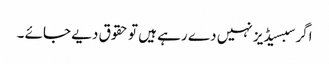
اگر سبسیڈیز نہیں دے رہے ہیں تو حقوق دیے جائے ۔